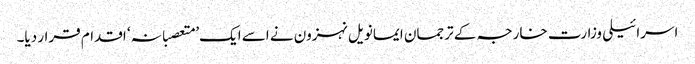
اسرائیلی وزارت خارجہ کے ترجمان ایمانویل نہزون نے اسے ایک’ متعصبانہ‘ اقدام قرار دیا۔